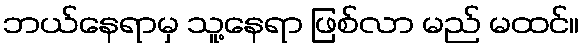
ဘယ်နေရာမှ သူ့နေရာ ဖြစ်လာ မည် မထင်။